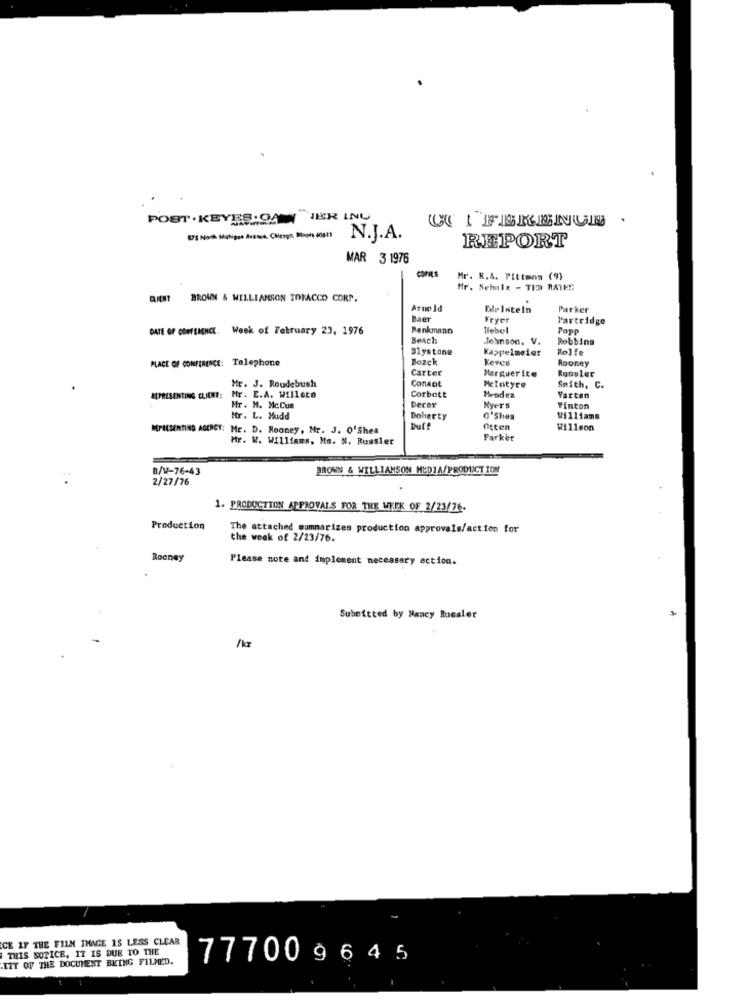
POST . KEYES:OA "IER INU
CI I FERENUN .
875 Noch Michigse Astien. Chlesyn, Blah 60411
N.J.A.
REPORT
MAR 3 1976
COPIES
Mr. R.A. Pittmnm (9)
Mr. Sehals - TI BATE !:
BICHT BROWN & WILLIAMSON TORACCO CORP.
Arnold
War Intein
Parker
Maer
Fryer
Partridge
DATE OF CONTEMENCE. Week of February 23, 1976
Rankmann
Tebel
Popp
Beach
Johnson, V.
Robbins
Blystone
Kappelmeier
Rolfe
PLACE OF CONFERENCE: Telephone
Bozck
Keyes
Rooney
Carter
Marguerite
Rossler
ConAnt
Mr. J. Roudebush
Corbett
MeIntyre
Smith, C.
REPRESENTING CLIENT:
Mr. E.A. Willete
Mendez
Varten
Mr. M. McCua
Derer
Myers
Vinton
Mr. L. Mudd
Doherty
O'Shea
Williams
MPACSENTING AGENCY: Mr. D. Rooney, Mr. J. O'Shea
Duff
Otten
Willcon
Mr. W. Williams, Ms. N. Russler
Parker
B/W-76-43
BROWN & WILLIAMSON MEDIA/PRODIACTION
2/27/76
1. PRODUCTION APPROVALS FOR THE WEEK OF 2/23/76.
Production
The attached summarizes production approvals/action for
the week of 2/23/76.
Rooney
Please note and implement necessary action.
Submitted by Nancy Rossler
/ka
CE IF THE FILM IMAGE IS LESS CLEAR
THIS NOTICE, IT IS DUE TO THE
.ITY OF THE DOCUMENT BEING FILMED.
77700 9645